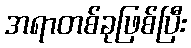
အရာတစ်ခုဖြစ်ပြီး